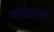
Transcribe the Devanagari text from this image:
मनोग्रस्तता